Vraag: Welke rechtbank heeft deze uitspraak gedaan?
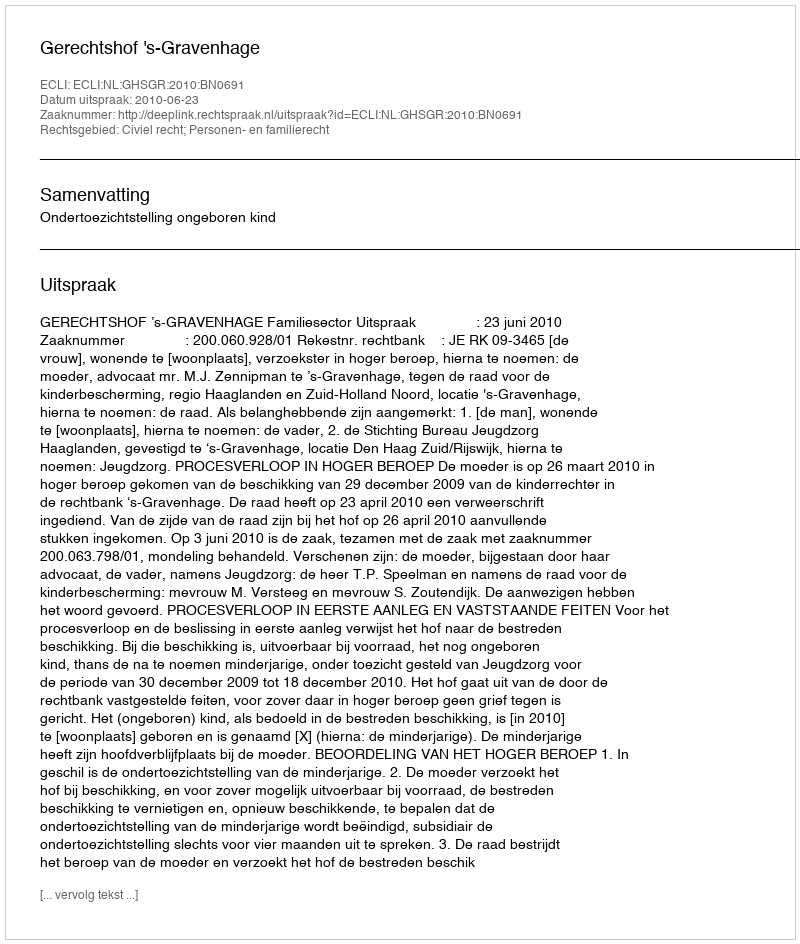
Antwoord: Gerechtshof 's-Gravenhage